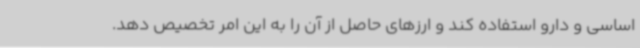
اساسی و دارو استفاده کند و ارزهای حاصل از آن را به این امر تخصیص دهد.